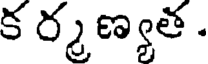
క ర్మణ్యత .